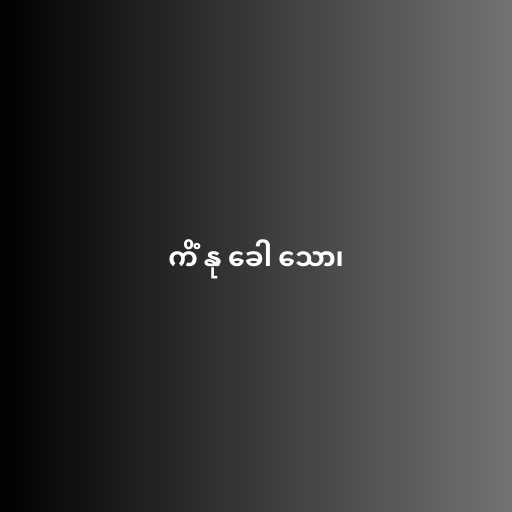
ကိံ နု ခေါ သော၊